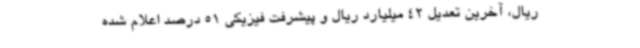
ریال، آخرین تعدیل 42 میلیارد ریال و پیشرفت فیزیکی 51 درصد اعلام شده